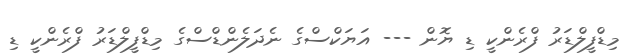
މިޑްފީލްޑަރު ފްރެންކީ ޑި ޔޮން --- އަޔަކްސްގެ ނެދަލެންޑްސްގެ މިޑްފީލްޑަރު ފްރެންކީ ޑި